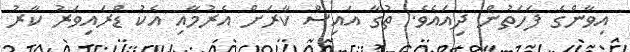
އިވާންގެ ފަހަތުން ދިއައެވެ. ތުގާ އައިސް ކާރަށް އެރުމާއި އެކު ޑްރައިވަރު ކާރު